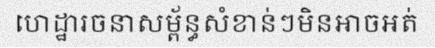
ហេដ្ឋារចនាសម្ព័ន្ធសំខាន់ៗមិនអាចអត់